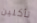
تأكلين